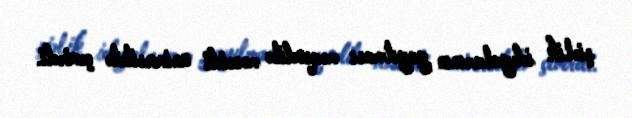
şiəlik ideyalarının yayılması məqsədilə məscidi universitetə çevirdi.